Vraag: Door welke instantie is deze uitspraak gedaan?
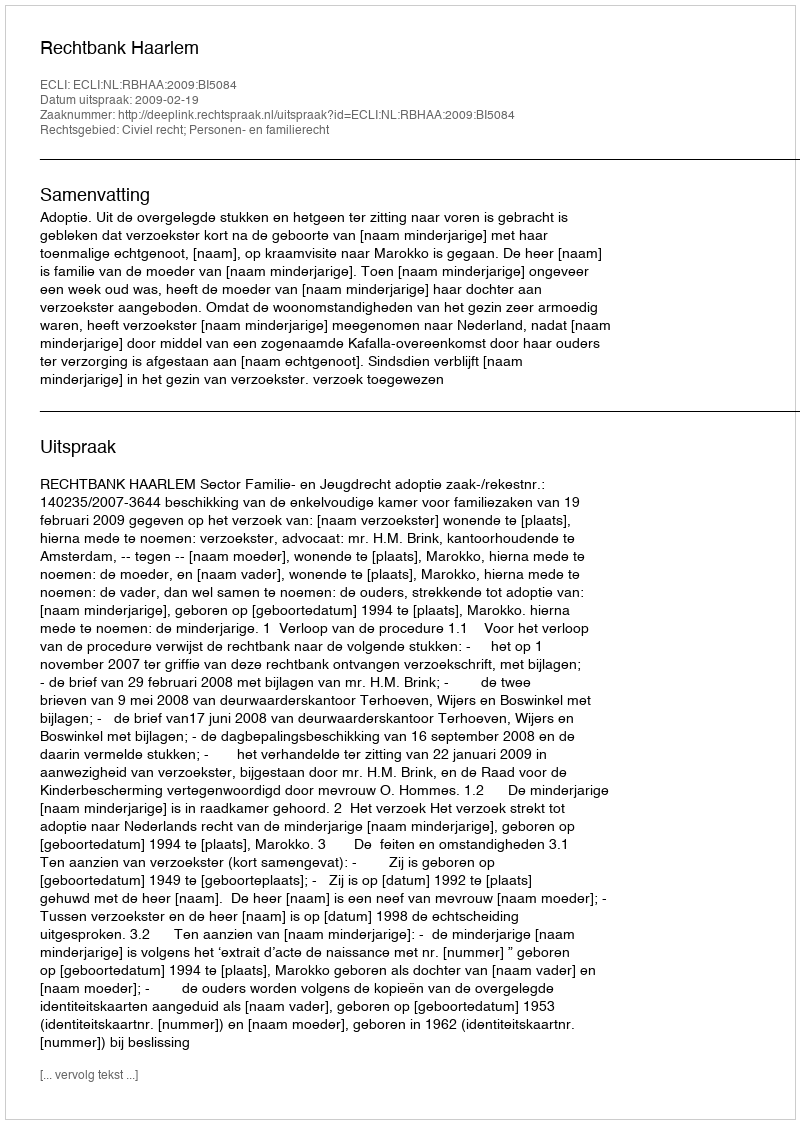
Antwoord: Rechtbank Haarlem